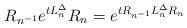
LaTeX: \begin{align*} R_{n^{-1}}e^{tL_{n}^{\Delta}}R_{n} = e^{tR_{n^{-1}}L_n^{\Delta}R_{n}} \end{align*}